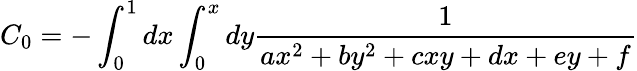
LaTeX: C_{0}=-\int_{0}^{1}dx\int_{0}^{x}dy\frac{1}{ax^{2}+by^{2}+cxy+dx+ey+f}